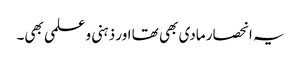
یہ انحصار مادی بھی تھا اور ذہنی و علمی بھی۔